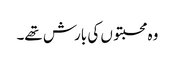
وہ محبتوں کی بارش تھے۔